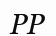
РР